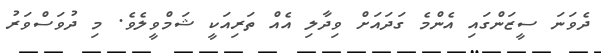
ދެވަނަ ސީޒަންގައި އެންމެ ގަދައަށް ވިދާލި އެއް ތަރިއަކީ ޝަމްވީލެވެ. މި ދުވަސްވަރު